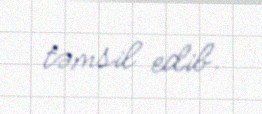
təmsil edib.